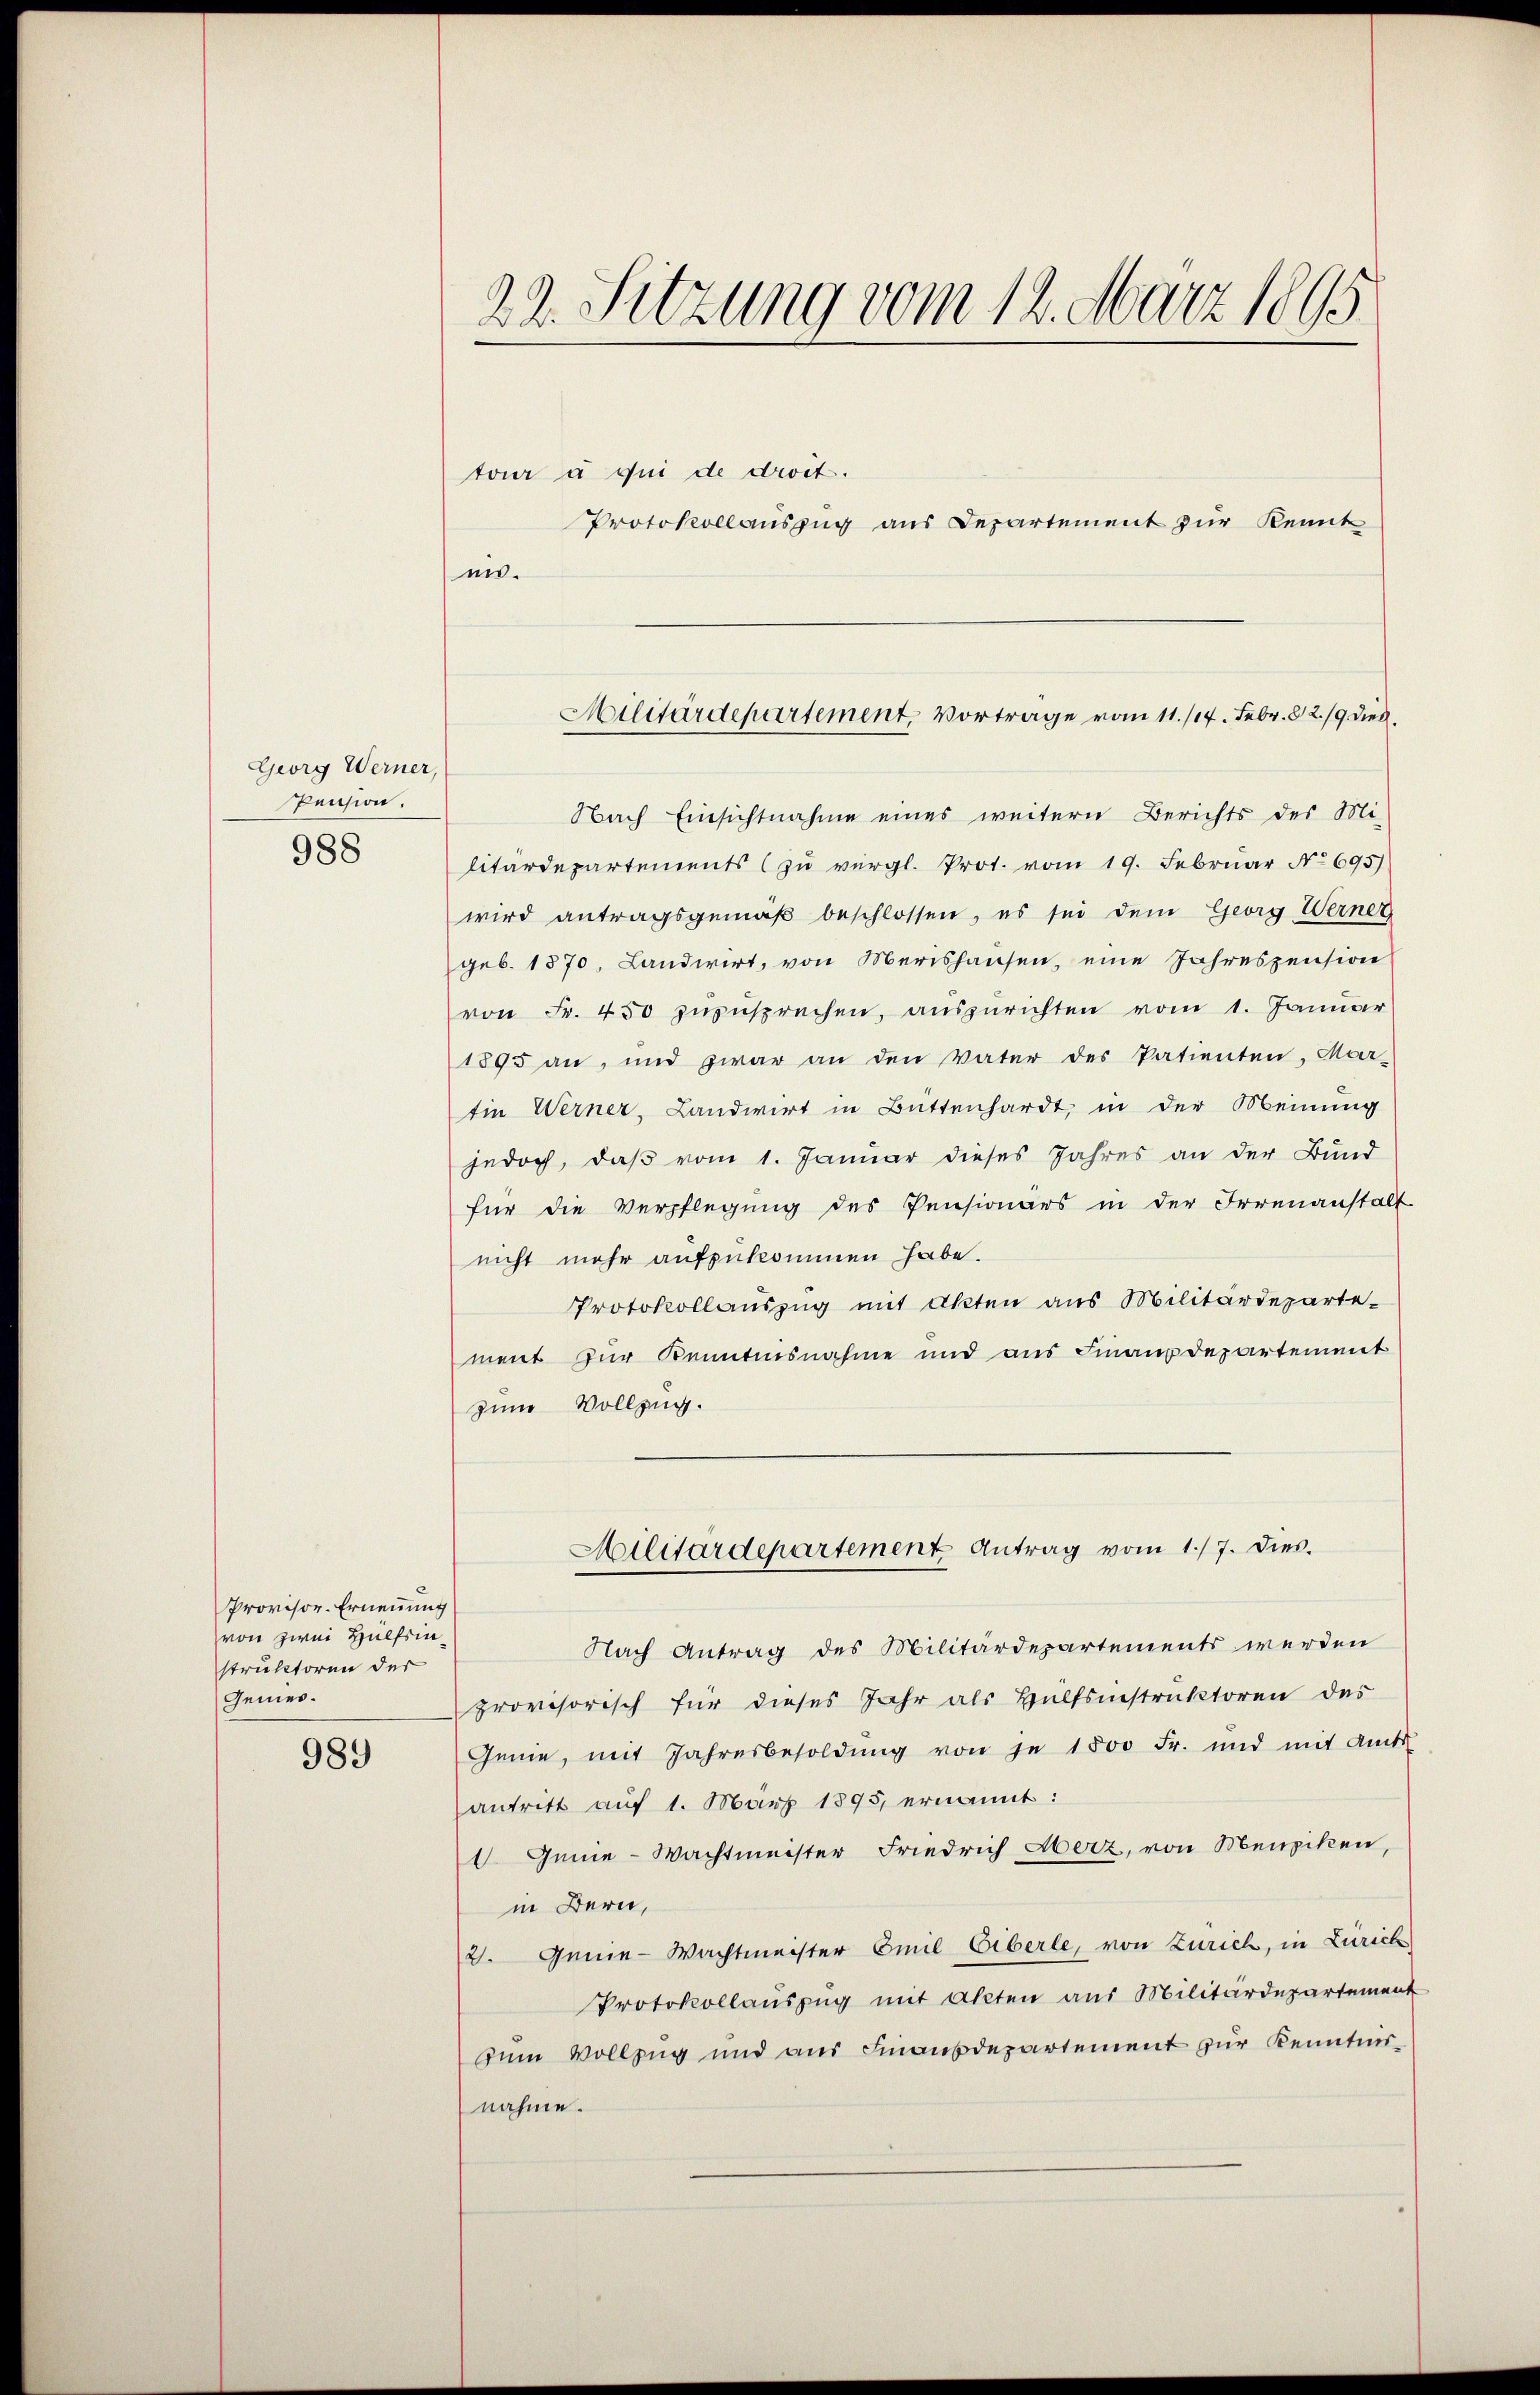
Georg Werner,
Pension.
988

Provisor-Ernennung
von zwei Hülfsinstruktoren der
Gemei¬

989

22. Sitzung vom 12. März 1895

en.

tour à qui de droit.
Protokollauszug aus Departement zur Kennt
Nach Einsichtnahme eines weitern Berichts des Mi-
litärdepartements (zu vergl. Prot. vom 19. Februar No 695)
wird antragsgemäβ beschlossen, es sei dem Georg Werner
geb. 1870, Landwirt, von Merishausen, eine Jahreszension
von Fr. 450 zuzusprechen, auszurichten vom 1. Januar
1895 an, und zwar an den Vater des Patienten, Mar-
tin Werner, Landwirt in Büttenhardt, in der Meinung
jedoch, daβ vom 1. Januar dieses Jahres an der Bund
für die Verpflegung des Pensionärs in der Irrenanstalt
nicht mehr aufzukommen habe.
Protokollauszug mit Akten aus Militärdepartement zur Kenntnisnahme und aus Finanzdepartement
zum Vollzug.
Militärdepartement Antrag vom 1./7. dies.
Nach Antrag des Militärdepartements werden
provisorisch für dieses Jahr als Hülfsinstruktoren des
Genie, mit Jahresbesoldŭng von je 1500 Fr. und mit Amts
antritt auf 1. März 1895, ernannt:
 Genie-Wachtmeister Friedrich Herz, von Menziken,
in Bern,
2. Genie-Wachtmeister Emil Eiberle, von Zürich, in Zürich
Protokollauszug mit Akten aus Militärdepartement
zum Vollzug und aus Finanzdepartement zur Kenntnisnahme.

Militärdepartement, Vortrage vom 11./14. Febr. 82/9 dies¬